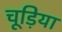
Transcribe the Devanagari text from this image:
चूड़िया